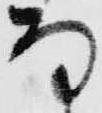
な